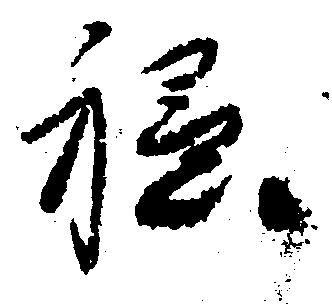
穏